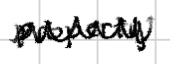
Text: property
Cross-out: zig-zag
Writing tool: digital_black